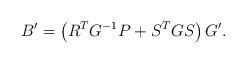
LaTeX: \begin{align*}B'=\left( R^T G^{-1} P+S^T G S \right) G'.\end{align*}